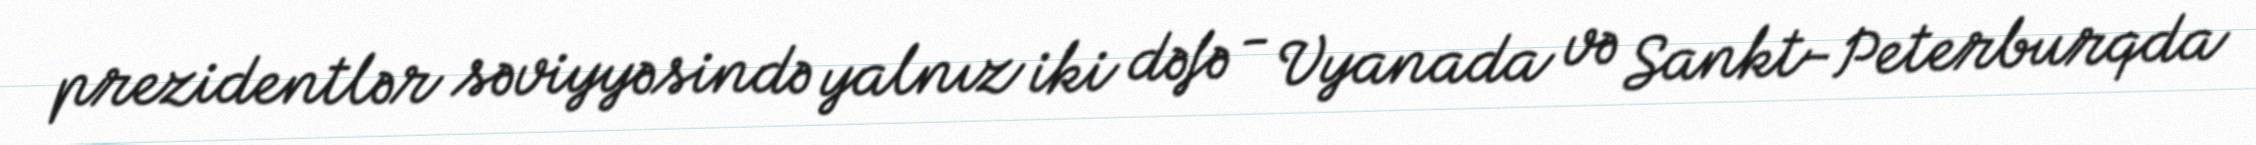
prezidentlər səviyyəsində yalnız iki dəfə - Vyanada və Sankt-Peterburqda